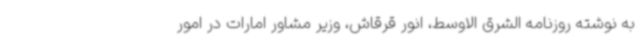
به نوشته روزنامه الشرق الاوسط، انور قرقاش، وزیر مشاور امارات در امور